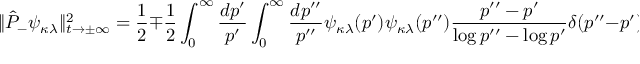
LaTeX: \| \hat { P } _ { - } \psi _ { \kappa \lambda } \| _ { t \rightarrow \pm \infty } ^ { 2 } = \frac { 1 } { 2 } \mp \frac { 1 } { 2 } \int _ { 0 } ^ { \infty } \frac { d p ^ { \prime } } { p ^ { \prime } } \int _ { 0 } ^ { \infty } \frac { d p ^ { \prime \prime } } { p ^ { \prime \prime } } \psi _ { \kappa \lambda } ( p ^ { \prime } ) \psi _ { \kappa \lambda } ( p ^ { \prime \prime } ) \frac { p ^ { \prime \prime } - p ^ { \prime } } { \log p ^ { \prime \prime } - \log p ^ { \prime } } \delta ( p ^ { \prime \prime } - p ^ { \prime } ) .